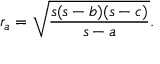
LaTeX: r _ { a } = { \sqrt { \frac { s ( s - b ) ( s - c ) } { s - a } } } .